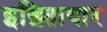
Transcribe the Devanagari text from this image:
इख़्तिायार